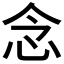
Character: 念